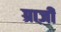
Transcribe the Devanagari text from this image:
ग्राज़ी